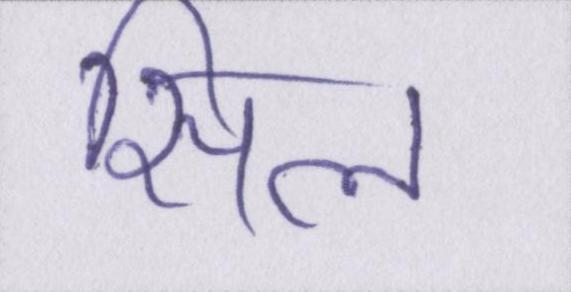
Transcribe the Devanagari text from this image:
सिल